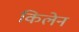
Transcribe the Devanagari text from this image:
किलेन